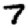
Digit: 7